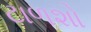
ટાળશો